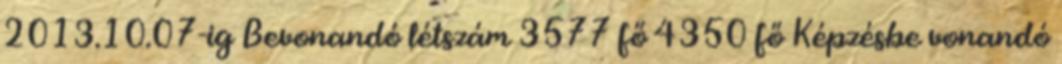
2013.10.07-ig Bevonandó létszám 3577 fő 4350 fő Képzésbe vonandó